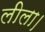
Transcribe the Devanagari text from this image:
लीला।